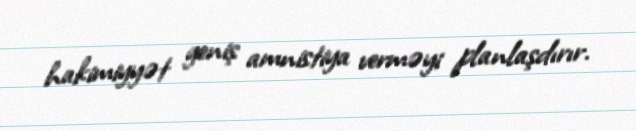
hakimiyyət geniş amnistiya verməyi planlaşdırır.